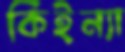
কিইন্যা